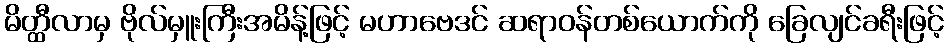
မိတ္ထီလာမှ ဗိုလ်မှူးကြီးအမိန့်ဖြင့် မဟာဗေဒင် ဆရာဝန်တစ်ယောက်ကို ခြေလျင်ခရီးဖြင့်